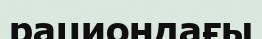
рациондағы